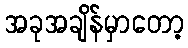
အခုအချိန်မှာတော့